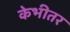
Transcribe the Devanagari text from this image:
केभीतर